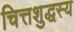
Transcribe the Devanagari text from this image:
चित्तशुद्धस्य